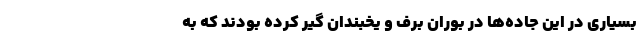
بسیاری در این جاده‌ها در بوران برف و یخبندان گیر کرده بودند که به